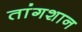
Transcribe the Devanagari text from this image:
तांगशान